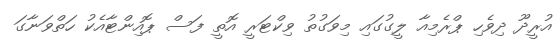
އުރީދޫ ދިވެހި ޕްރެމިއާ ލީގުގައި މިވަގުތު ވިކްޓަރީ އޮތީ ފަސް ޕޮއިންޓާއެކު ހަތްވަނާގަ